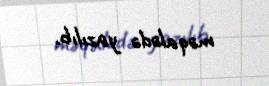
məqalədə yazılıb.